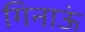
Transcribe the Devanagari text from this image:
गिनाऊं